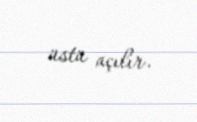
üstü açılır.